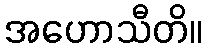
အဟောသီတိ။